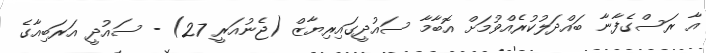
އާ ރަސްގެފާނާ ބައްދަލުކުރެއްވުމަށް އޮބާމާ ސައުދީގައިރިޔާޒް (ޖެނުއަރީ 27) - ސައުދީ އަރަބިއާގެ